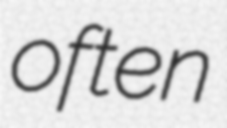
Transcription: often